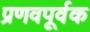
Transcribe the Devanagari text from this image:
प्रणवपूर्वक